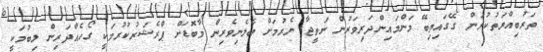
ތަރުބިއްޔަތުކުރަން ގޭގައިތިބޭ މަންމައިންދަރިވަރުން ނަތީޖާ ނެރުމަށް ބެލެނިވެރިން މާބޮޑަށް ޕްރެޝަރުކުރުމަކީ ގޯހެއްދަރިން ލިބުމަކީ